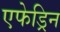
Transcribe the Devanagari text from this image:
एफेड्रिन